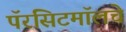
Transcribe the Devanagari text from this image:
पॅरसिटमॉलचे